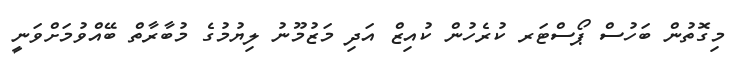
މިގޮތުން ބަހުސް ޕޯސްޓަރ ކުރެހުން ކުއިޒް އަދި މަޒުމޫނު ލިޔުމުގެ މުބާރާތް ބޭއްވުމަށްވަނީ